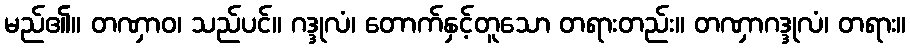
မည်၏။ တဏှာဝ၊ သည်ပင်။ ဂဒ္ဒုလံ၊ တောက်နှင့်တူသော တရားတည်း။ တဏှာဂဒ္ဒုလံ၊ တရား။